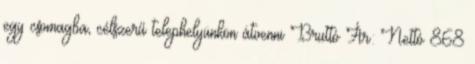
egy csomagba, célszerű telephelyünkön átvenni Bruttó Ár: Nettó 868